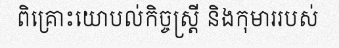
ពិគ្រោះយោបល់កិច្ចស្ត្រី និងកុមាររបស់